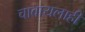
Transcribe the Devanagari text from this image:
चावायलाही